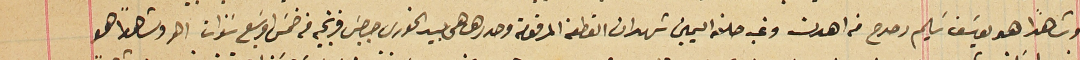
وشاهدا هو يوسَف سَليم دحدح من اهدن وغب حلفه اليمين شهد ان القطعة المرقومة وحددها هي بيد الخورى جرجس فرنجيه من خمس اوسَبع سنوات اوهو وشاهداً هو